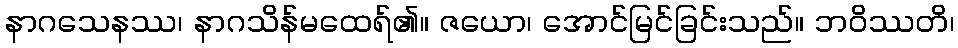
နာဂသေနဿ၊ နာဂသိန်မထေရ်၏။ ဇယော၊ အောင်မြင်ခြင်းသည်။ ဘဝိဿတိ၊